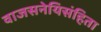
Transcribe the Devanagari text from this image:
वाजसनेयिसंहिता